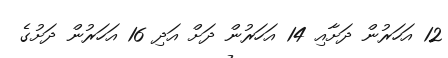
12 އަހަރުން ދަށާއި 14 އަހަރުން ދަށް އަދި 16 އަހަރުން ދަށުގެ